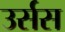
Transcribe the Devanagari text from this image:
उर्सस